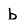
Character: b